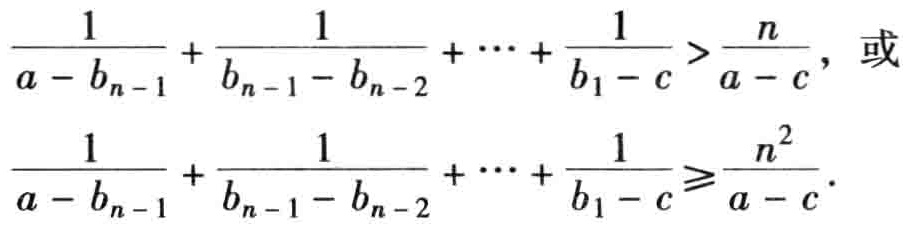
\(\frac{1}{a - b_{n - 1}} + \frac{1}{b_{n - 1} - b_{n - 2}} + \cdots + \frac{1}{b_{1} - c} > \frac{n}{a - c},\) 或

\(\frac{1}{a - b_{n - 1}} + \frac{1}{b_{n - 1} - b_{n - 2}} + \cdots + \frac{1}{b_{1} - c} \geqslant \frac{n^{2}}{a - c}.\)